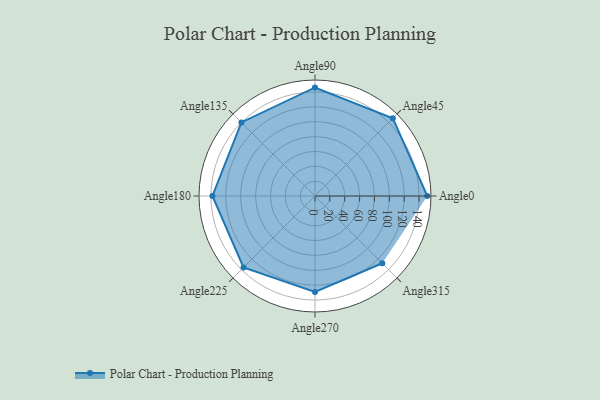
{"axis": {"x": "Angle", "y": "Radius"}, "legend": [""], "data": [{"x": "Angle0", "y": 151.0, "type": ""}, {"x": "Angle45", "y": 148.0, "type": ""}, {"x": "Angle90", "y": 146.0, "type": ""}, {"x": "Angle135", "y": 140.0, "type": ""}, {"x": "Angle180", "y": 138.0, "type": ""}, {"x": "Angle225", "y": 136.0, "type": ""}, {"x": "Angle270", "y": 129.0, "type": ""}, {"x": "Angle315", "y": 128.0, "type": ""}]}